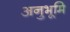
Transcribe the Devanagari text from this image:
अनुभूमि